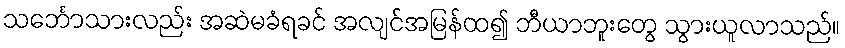
သင်္ဘောသားလည်း အဆဲမခံရခင် အလျင်အမြန်ထ၍ ဘီယာဘူးတွေ သွားယူလာသည်။